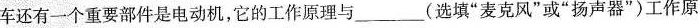
车还有一个重要部件是电动机，它的工作原理与_______(选填”麦克风”或”扬声器”)工作原